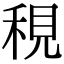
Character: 䅐